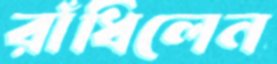
রাঁধিলেন